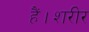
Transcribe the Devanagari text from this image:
हैं।शरीर